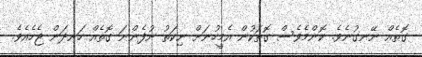
ގޮތެއް ނޭނގުނެވެ. ކޮންމެވެސް ގޮތަކުން އެމީހުނަށް ނިކަތު ނުފެންނަ ގޮތެއް ހަނދަން ޖެހެއެވެ.